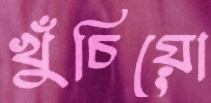
খুঁচিয়ো